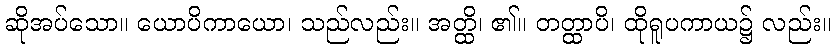
ဆိုအပ်သော။ ယောပိကာယော၊ သည်လည်း။ အတ္ထိ၊ ၏။ တတ္ထာပိ၊ ထိုရူပကာယ၌ လည်း။